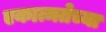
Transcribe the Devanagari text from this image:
एकात्मतेच्या